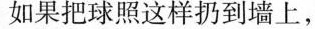
如果把球照这样扔到墙上，